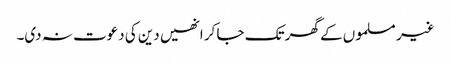
غیر مسلموں کے گھر تک جا کر انھیں دین کی دعوت نہ دی۔